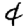
Digit: 4